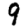
Digit: 9